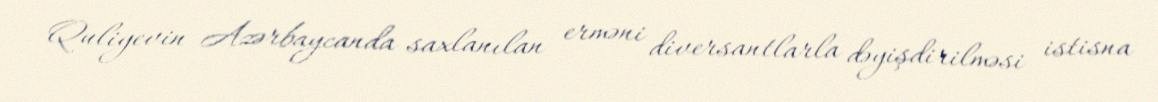
Quliyevin Azərbaycanda saxlanılan erməni diversantlarla dəyişdirilməsi istisna